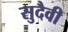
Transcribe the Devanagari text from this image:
सुदैवी